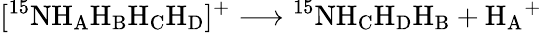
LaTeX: [^{15}\mathrm{NH_{A}H_{B}H_{C}H_{D}}]^{+}\longrightarrow\mathrm{^{15}NH_{C}H_{D}H_{B}}+\mathrm{H_{A}}^{+}